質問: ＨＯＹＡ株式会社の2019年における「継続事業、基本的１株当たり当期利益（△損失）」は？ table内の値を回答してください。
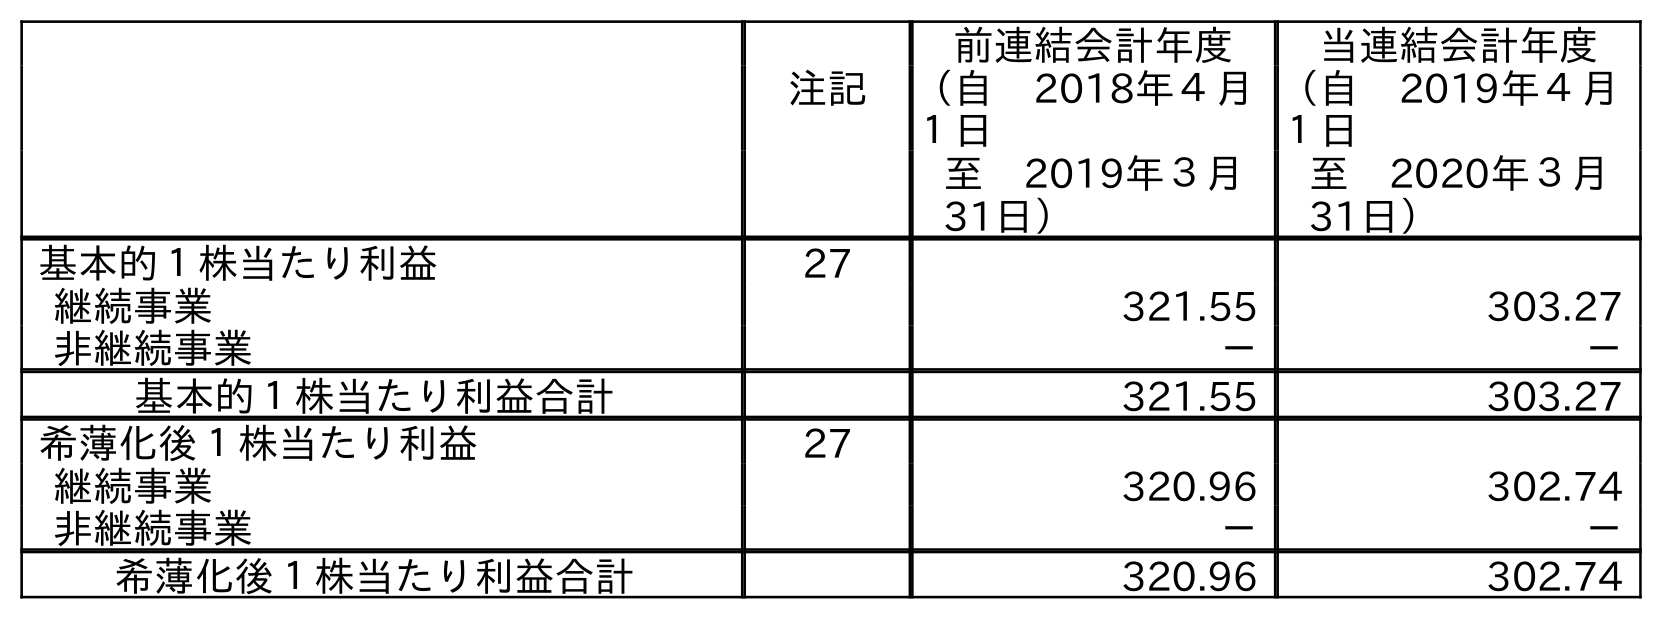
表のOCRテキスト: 前連結会計年度 当連結会計年度 注記 （自 2018年４月 １日 （自 2019年４月 １日 至 2019年３月 31日） 至 2020年３月 31日） 基本的１株当たり利益 27 継続事業 321.55 303.27 非継続事業 － － 基本的１株当たり利益合計 321.55 303.27 希薄化後１株当たり利益 27 継続事業 320.96 302.74 非継続事業 － － 希薄化後１株当たり利益合計 320.96 302.74
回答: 321.55